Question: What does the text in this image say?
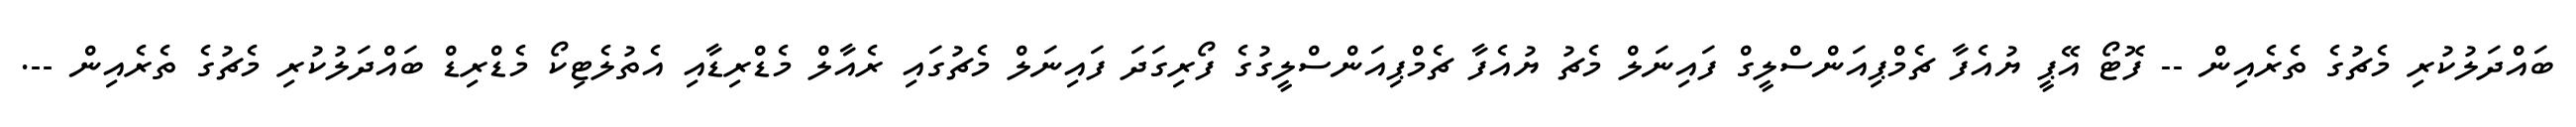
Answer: ބައްދަލުކުރި މެޗުގެ ތެރެއިން -- ފޮޓޯ އޭޕީ ޔުއެފާ ޗެމްޕިއަންސްލީގް ފައިނަލް މެޗު ޔުއެފާ ޗެމްޕިއަންސްލީގުގެ ފޯރިގަދަ ފައިނަލް މެޗުގައި ރެއާލް މެޑްރިޑާއި އެތުލެޓިކޯ މެޑްރިޑް ބައްދަލުކުރި މެޗުގެ ތެރެއިން --.